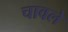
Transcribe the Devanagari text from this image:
चावले